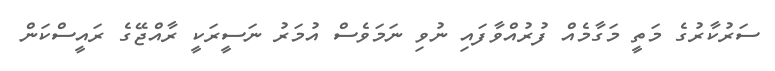
ސަރުކާރުގެ މަތީ މަގާމެއް ފުރުއްވާފައި ނުވި ނަމަވެސް އުމަރު ނަސީރަކީ ރާއްޖޭގެ ރައީސްކަން